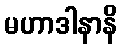
မဟာဒါနာနိ